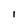
Character: i